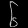
Digit: ၆